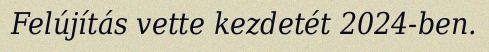
Felújítás vette kezdetét 2024-ben.